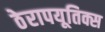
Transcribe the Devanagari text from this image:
ठेरापयूतिक्स